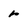
Character: r